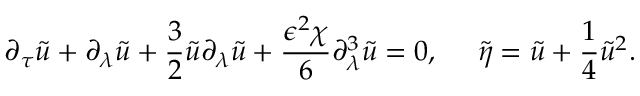
\partial _ { \tau } \tilde { u } + \partial _ { \lambda } \tilde { u } + \frac { 3 } { 2 } \tilde { u } \partial _ { \lambda } \tilde { u } + \frac { \epsilon ^ { 2 } \chi } { 6 } \partial _ { \lambda } ^ { 3 } \tilde { u } = 0 , ~ ~ ~ ~ \tilde { \eta } = \tilde { u } + \frac { 1 } { 4 } \tilde { u } ^ { 2 } .